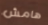
هامش